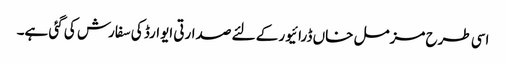
اسی طرح مزمل خاں ڈرائیور کے لئے صدارتی ایوارڈ کی سفارش کی گئی ہے۔